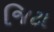
જિટા